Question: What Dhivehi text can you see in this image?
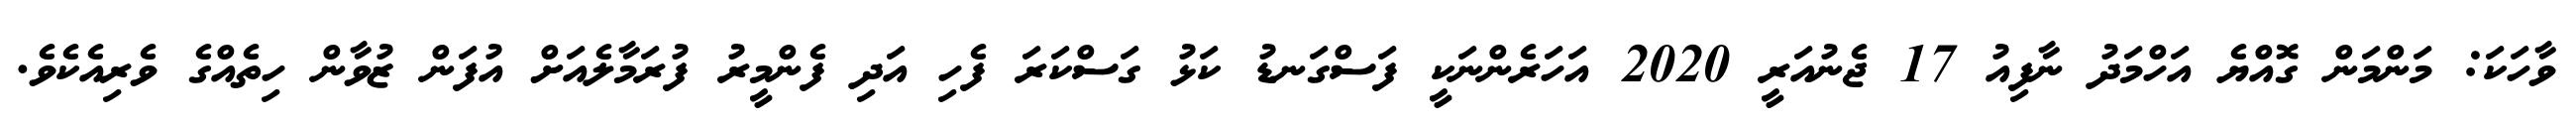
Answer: ވާހަކަ: މަންމަން ގޮއްޔެ އަހްމަދު ނާފިއު 17 ޖެނުއަރީ 2020 އަހަރެންނަކީ ފަސްގަނޑު ކަޅު ގަސްކަރަ ފެހި އަދި ފެންމީރު ފުރަމާލެއަށް އުފަން ޒުވާން ހިތެއްގެ ވެރިއެކެވެ.